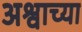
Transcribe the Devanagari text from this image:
अश्वाच्या